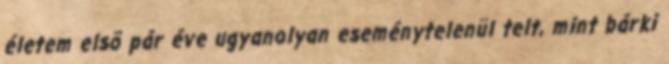
életem elsõ pár éve ugyanolyan eseménytelenül telt, mint bárki